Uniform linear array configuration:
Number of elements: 48
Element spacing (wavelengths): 0.5
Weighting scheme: binomial
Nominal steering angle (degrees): -15
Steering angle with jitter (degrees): -15.914
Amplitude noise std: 0.05
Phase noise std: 0.05

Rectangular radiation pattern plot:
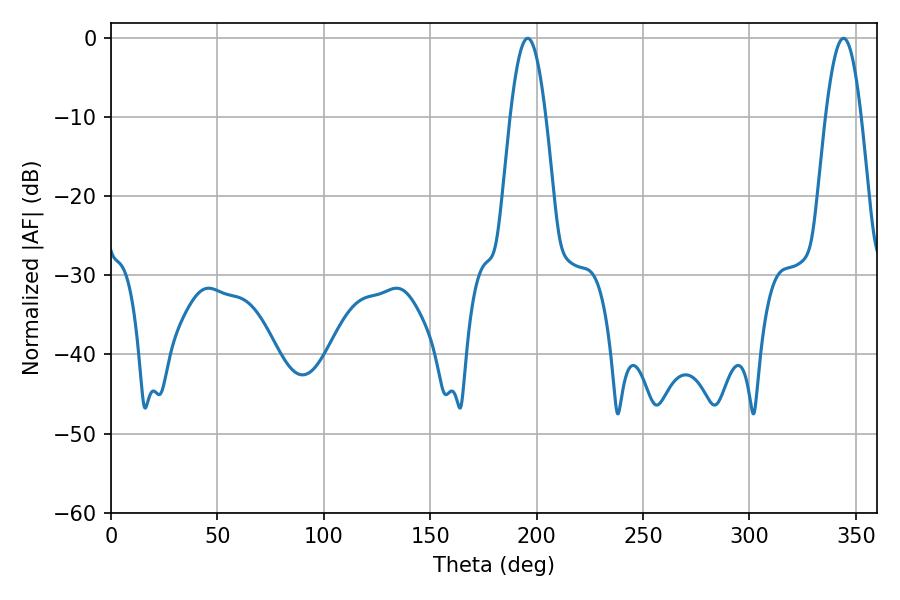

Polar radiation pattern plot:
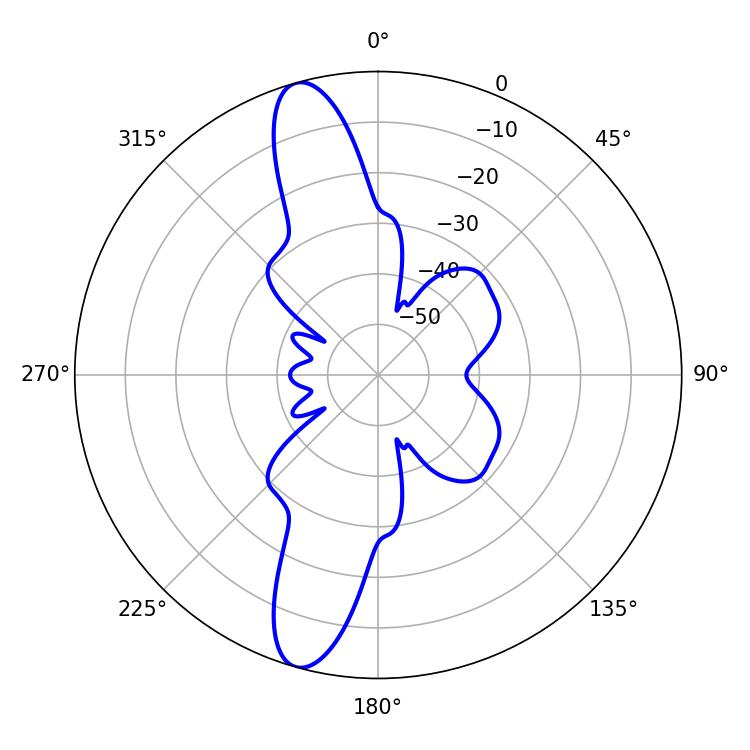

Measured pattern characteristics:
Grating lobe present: FALSE
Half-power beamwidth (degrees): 9
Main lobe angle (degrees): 195.84